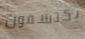
يكتشفون